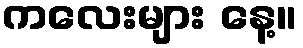
ကလေးများ နေ့။